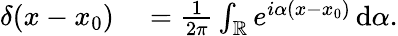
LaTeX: \begin{array}{rl}{\delta(x-x_{0})}&{{}=\frac{1}{2\pi}\int_{\mathbb{R}}e^{i\alpha(x-x_{0})}\, \mathrm{d}\alpha.}\end{array}